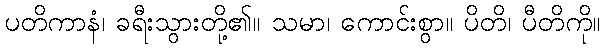
ပတိကာနံ၊ ခရီးသွားတို့၏။ သမာ၊ ကောင်းစွာ။ ပိတိ၊ ပီတိကို။